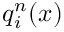
q _ { i } ^ { n } ( x )